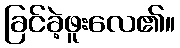
ခြင်ခဲ့ဖူးလေ၏။